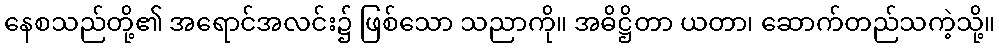
နေစသည်တို့၏ အရောင်အလင်း၌ ဖြစ်သော သညာကို။ အဓိဋ္ဌိတာ ယတာ၊ ဆောက်တည်သကဲ့သို့။